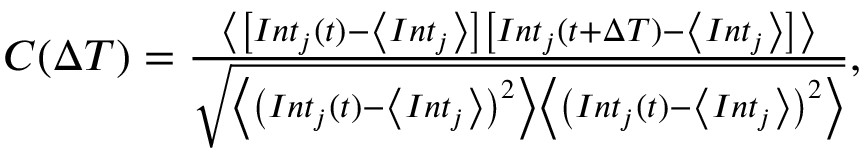
\begin{array} { r } { C ( \Delta T ) = \frac { \left\langle \left[ I n t _ { j } ( t ) - \left\langle I n t _ { j } \right\rangle \right] \left[ I n t _ { j } ( t + \Delta T ) - \left\langle I n t _ { j } \right\rangle \right] \right\rangle } { \sqrt { \left\langle \left( I n t _ { j } ( t ) - \left\langle I n t _ { j } \right\rangle \right) ^ { 2 } \right\rangle \left\langle \left( I n t _ { j } ( t ) - \left\langle I n t _ { j } \right\rangle \right) ^ { 2 } \right\rangle } } , } \end{array}